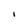
Character: I